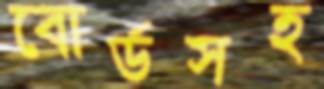
বোর্ডসহ